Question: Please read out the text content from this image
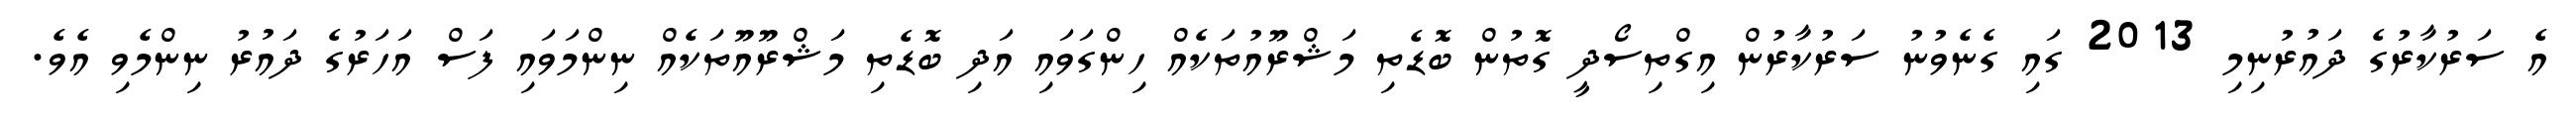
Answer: އެ ސަރުކާރުގެ ދައުރުނިމި 2013 ގައި ގެނެވުނު ސަރުކާރުން އިގްތިސޯދީ ގޮތުން ބޮޑެތި މަޝްރޫއުތަކެއް ހިންގަވައި އަދި ބޮޑެތި މަޝްރޫއޫތަކެއް ނިންމަވައި ފަސް އަހަރުގެ ދައުރު ނިންމެވި އެވެ.